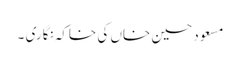
مسعود حسین خاں کی خاکہ نگاری ۔